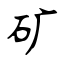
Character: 矿